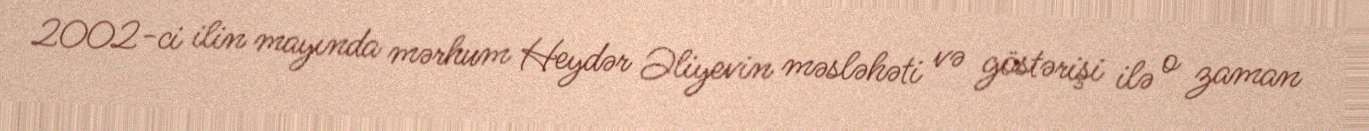
2002-ci ilin mayında mərhum Heydər Əliyevin məsləhəti və göstərişi ilə o zaman